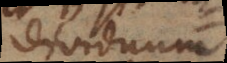
dividuum,